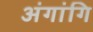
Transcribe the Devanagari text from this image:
अंगांगि